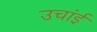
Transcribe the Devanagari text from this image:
उचांई